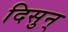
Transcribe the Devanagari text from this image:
दिसुन्